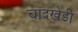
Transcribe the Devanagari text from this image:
चांदखेडी